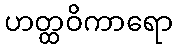
ဟတ္ထဝိကာရော